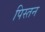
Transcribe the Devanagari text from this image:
पिस्तन